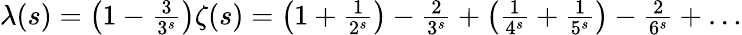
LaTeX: \begin{array}{r}{\lambda(s)=\left(1-{\frac{3}{3^{s}}}\right)\zeta(s)=\left(1+{\frac{1}{2^{s}}}\right)-{\frac{2}{3^{s}}}+\left({\frac{1}{4^{s}}}+{\frac{1}{5^{s}}}\right)-{\frac{2}{6^{s}}}+\ldots}\end{array}